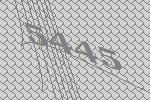
5445